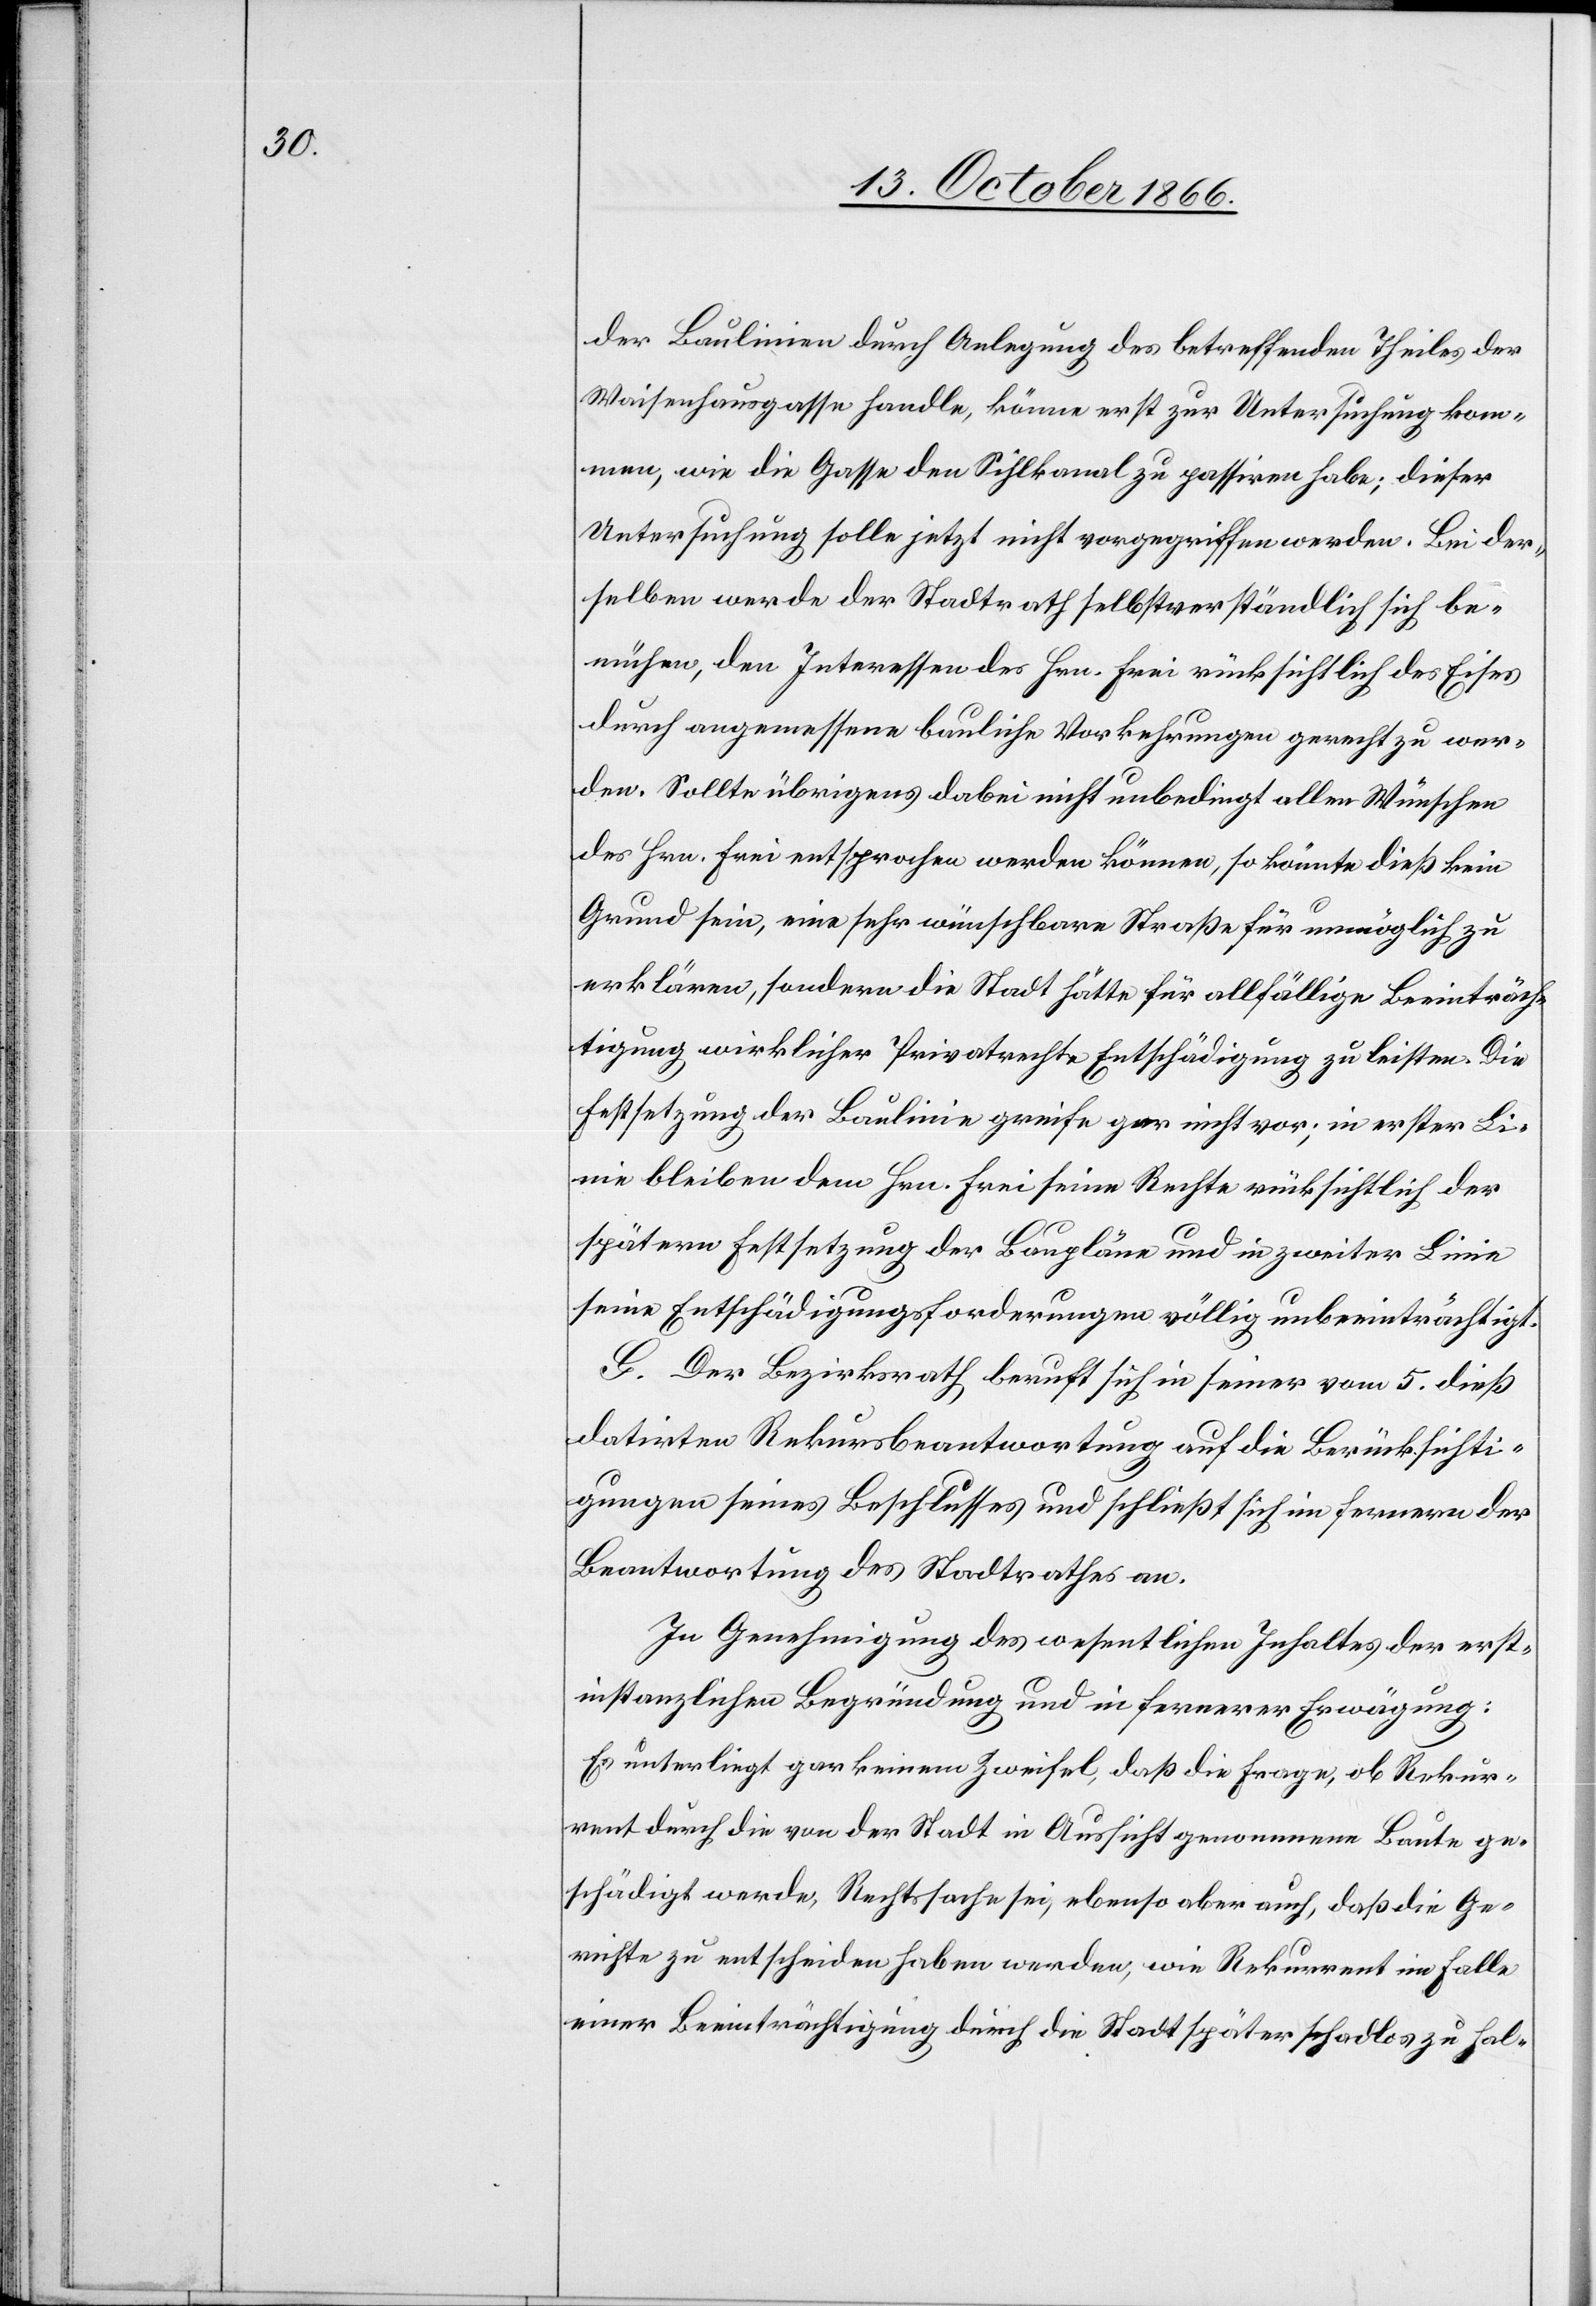
der Baulinien durch Anlegung des betreffenden Theiles der
Waisenhausgasse handle, könne erst zur Untersuchung kom¬
men, wie die Gasse den Sihlkanal zu passiren habe; dieser
Untersuchung solle jetzt nicht vorgegriffen werden. Bei der¬
selben werde der Stadtrath selbstverständlich sich be¬
mühen, den Interessen des Hrn. Frei rücksichtlich des Eises
durch angemessene bauliche Vorkehrungen gerecht zu wer¬
den. Sollte übrigens dabei nicht unbedingt allen Wünschen
des Hrn Frei entsprochen werden können, so könnte dieß kein
Grund sein, eine sehr wünschbare Straße für unmöglich zu
erklären, sondern die Stadt hätte für allfällige Beeinträch¬
tigung wirklicher Privatrechte Entschädigung zu leisten. Die
Festsetzung der Baulinie greife gar nicht vor; in erster Li¬
nie bleiben dem Hrn. Frei seine Rechte rücksichtlich der
spätern Festsetzung der Baupläne und in zweiter Linie
seine Entschädigungsforderungen völlig unbeeinträchtigt.
G. Der Bezirksrath beruft sich in seiner vom 5. dieß
datirten Rekursbeantwortung auf die Berücksichti¬
gungen seines Beschlusses und schließt sich im fernern der
Beantwortung des Stadtrathes an.
In Genehmigung des wesentlichen Inhaltes der erst¬
instanzlichen Begründung und in fernerer Erwägung:
Es unterliegt gar keinem Zweifel, daß die Frage, ob Rekur¬
rent durch die von der Stadt in Aussicht genommene Baute ge¬
schädigt werde, Rechtssache sei, ebenso aber auch, daß die Ge¬
richte zu entscheiden haben werden, wie Rekurrent im Falle
einer Beeinträchtigung durch die Stadt später schadlos zu hal-